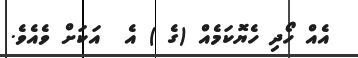
އެއް ހޯދި ހެޔޮކަމެއް (ގެ ) އެ  އަކަށް ވެއެވެ.